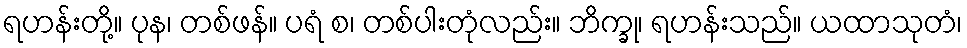
ရဟန်းတို့။ ပုန၊ တစ်ဖန်။ ပရံ စ၊ တစ်ပါးတုံလည်း။ ဘိက္ခု၊ ရဟန်းသည်။ ယထာသုတံ၊